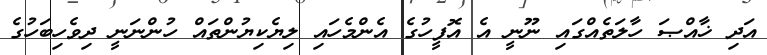
އަދި ޚާއްޞަ ހާލަތެއްގައި ނޫނީ އެ އޮފީހުގެ އެންމެހައި ލިޔެކިޔުންތައް ހުންނަނީ ދިވެހިބަހުގެ